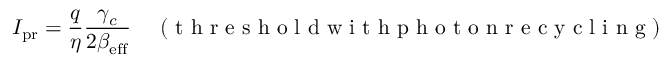
I _ { \mathrm { p r } } = \frac { q } { \eta } \frac { \gamma _ { c } } { 2 \beta _ { \mathrm { e f f } } } \quad \mathrm { ~ ( ~ t ~ h ~ r ~ e ~ s ~ h ~ o ~ l ~ d ~ w ~ i ~ t ~ h ~ p ~ h ~ o ~ t ~ o ~ n ~ r ~ e ~ c ~ y ~ c ~ l ~ i ~ n ~ g ~ ) ~ }